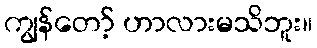
ကျွန်တော့် ဟာလားမသိဘူး။